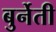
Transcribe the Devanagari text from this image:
बुर्नेती